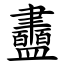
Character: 䀌